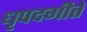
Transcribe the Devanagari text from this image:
धृपदगीते